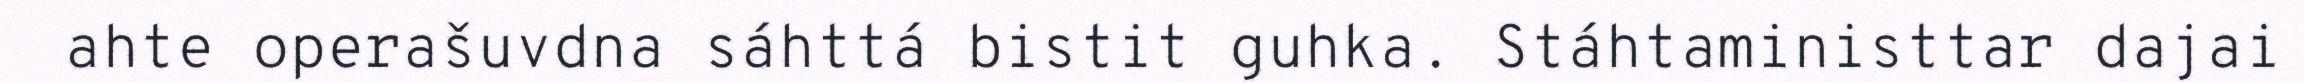
ahte operašuvdna sáhttá bistit guhka. Stáhtaministtar dajai